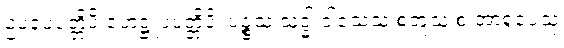
ဥပရူပပတ္တိပိ ဟေဋ္ဌူပပတ္တိပိ၊ ပဉ္စသု သုဒ္ဓါ ဝါသေသု စတူသု စ အာရူပေသု